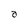
Character: a